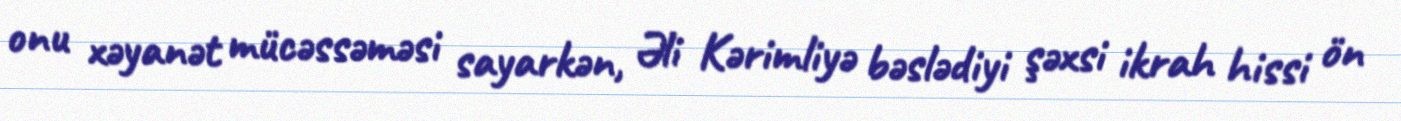
onu xəyanət mücəssəməsi sayarkən, Əli Kərimliyə bəslədiyi şəxsi ikrah hissi ön